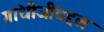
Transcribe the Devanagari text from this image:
गांधीजींबद्दल